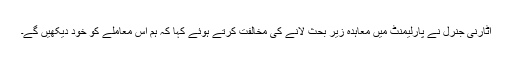
اٹارنی جنرل نے پارلیمنٹ میں معاہدہ زیرِ بحث لانے کی مخالفت کرتے ہوئے کہا کہ ہم اس معاملے کو خود دیکھیں گے۔